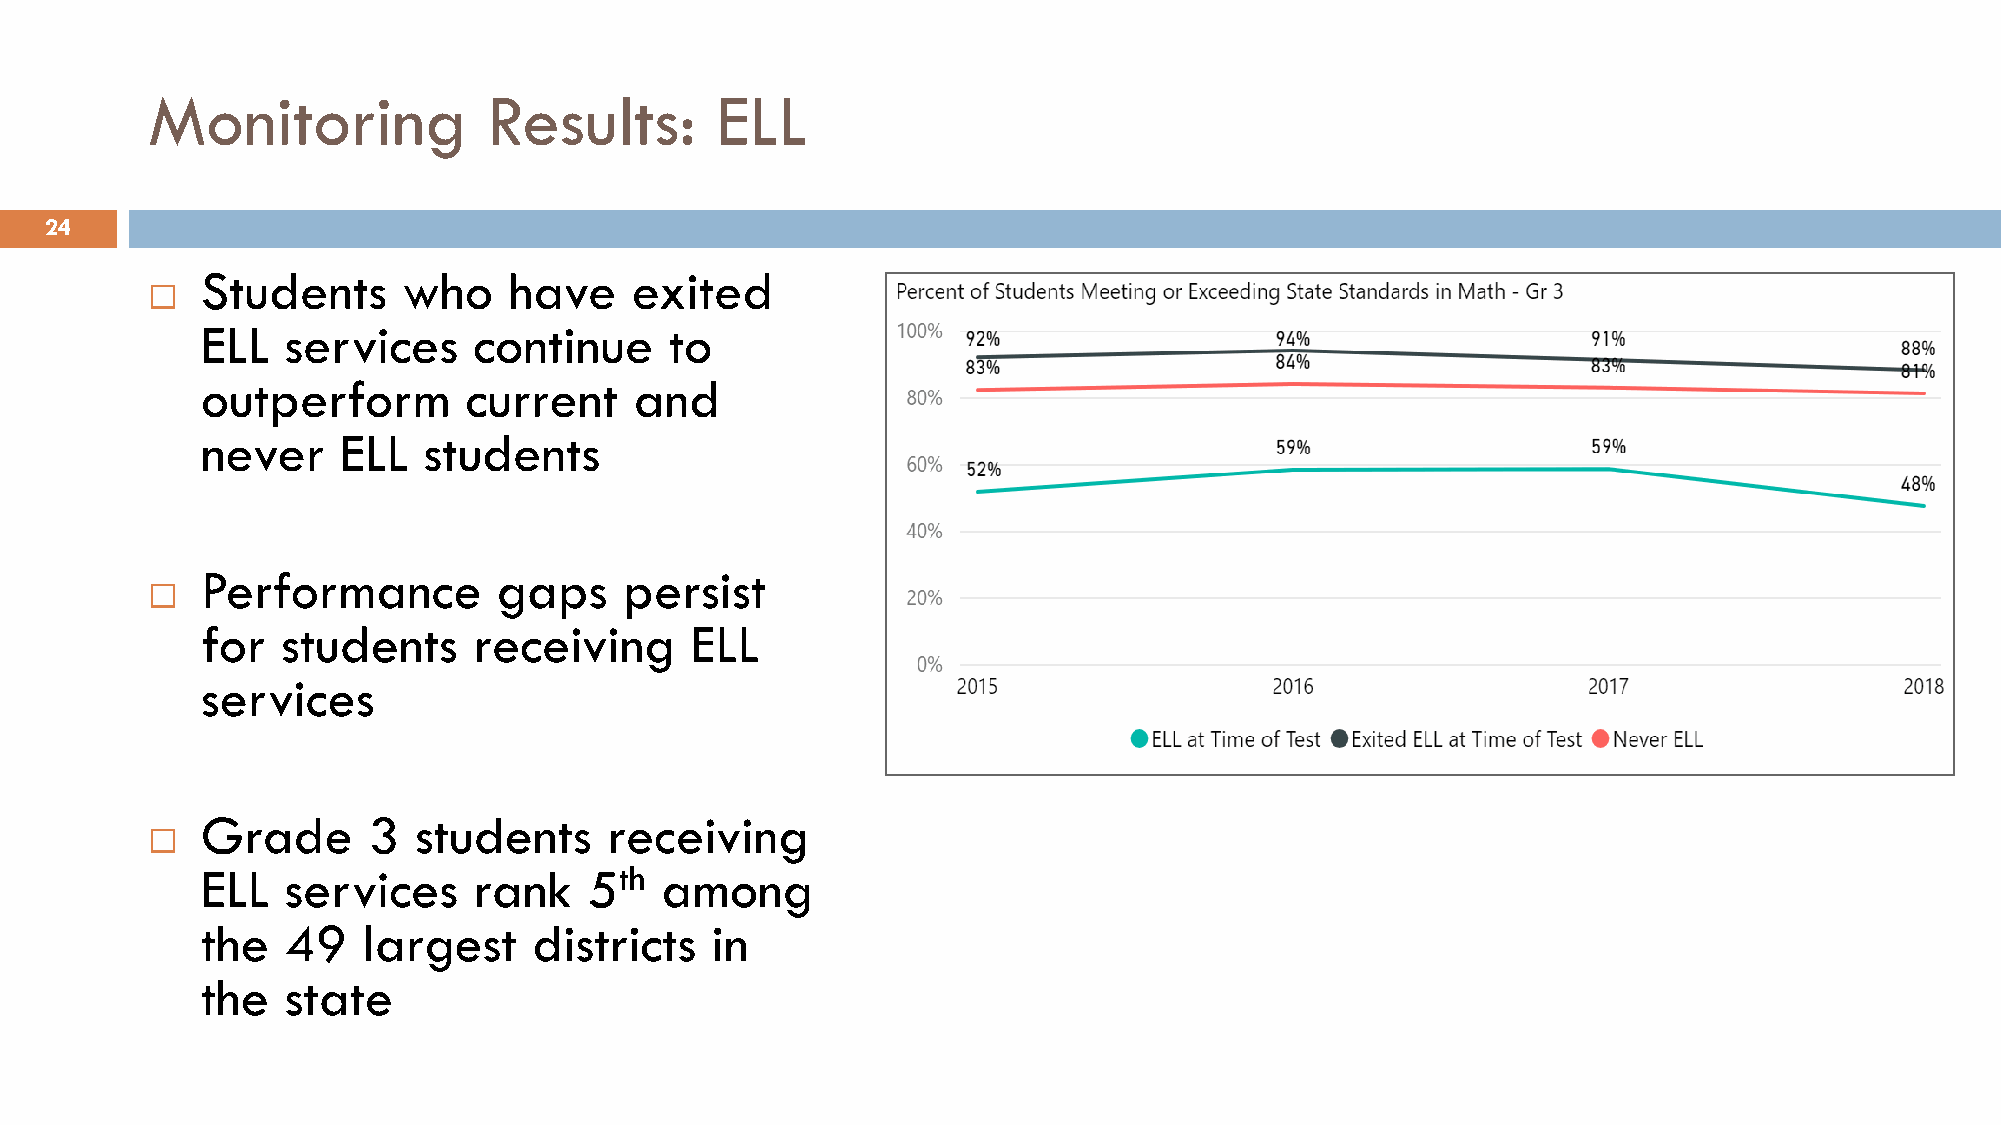
Monitoring            Results:       ELL
 24
 Students      who    have    exited
 
 ELL   services    continue     to
 outperform        current    and
 never    ELL   students
 Performance         gaps    persist
 
 for   students    receiving      ELL
 services
 Grade      3  students     receiving
 
 ELL   services    rank    5th  among
 the   49   largest    districts   in
 the   state